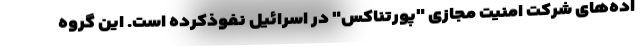
اده‌های شرکت امنیت مجازی "پورتناکس" در اسرائیل نفوذکرده است. این گروه